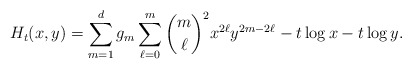
\begin{align*}H_t(x,y) = \sum_{m=1}^d g_m \sum_{\ell=0}^m {m \choose \ell}^2 x^{2 \ell} y^{2m-2 \ell} - t \log x - t \log y. \end{align*}